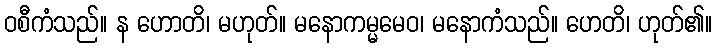
ဝစီကံသည်။ န ဟောတိ၊ မဟုတ်။ မနောကမ္မမေဝ၊ မနောကံသည်။ ဟေတိ၊ ဟုတ်၏။